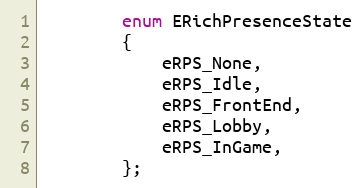
Language: C
		enum ERichPresenceState
		{
			eRPS_None,
			eRPS_Idle,
			eRPS_FrontEnd,
			eRPS_Lobby,
			eRPS_InGame,
		};